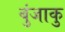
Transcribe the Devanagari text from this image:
बुंजाकु